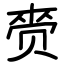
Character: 赍